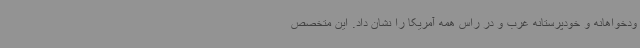
ودخواهانه و خودپرستانه غرب و در راس همه آمریکا را نشان داد. این متخصص